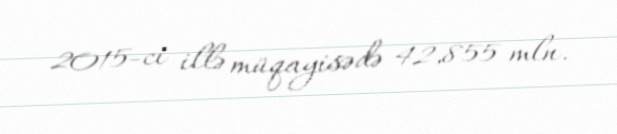
2015-ci illə müqayisədə 42,855 mln.